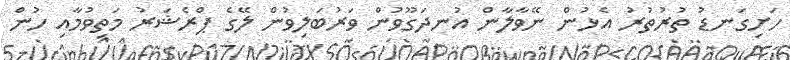
ހަށިގަނޑު ތުރުތުރު އެޅުން ނޭވާލާން އުނދަގޫވުން ވަރުބަލިވުން ލޭގެ ޕްރެޝަރު މަތިވުމާއި ހުން